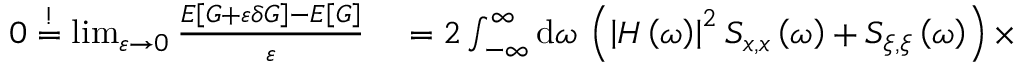
\begin{array} { r l } { 0 \stackrel { ! } { = } \operatorname* { l i m } _ { \varepsilon \to 0 } \frac { E \left[ G + \varepsilon \delta G \right] - E \left[ G \right] } { \varepsilon } } & { { } = 2 \int _ { - \infty } ^ { \infty } \mathrm { d } \omega \, \left( \left| H \left( \omega \right) \right| ^ { 2 } S _ { x , x } \left( \omega \right) + S _ { \xi , \xi } \left( \omega \right) \right) \times } \end{array}